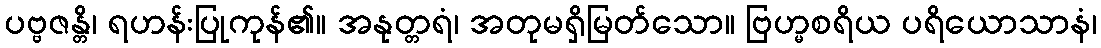
ပဗ္ဗဇန္တိ၊ ရဟန်းပြုကုန်၏။ အနုတ္တရံ၊ အတုမရှိမြတ်သော။ ဗြဟ္မစရိယ ပရိယောသာနံ၊